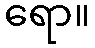
ရော။